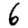
Digit: 6